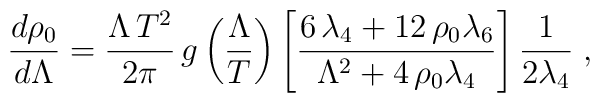
\frac{d\rho_{0}}{d\Lambda} = \frac{\Lambda\,T^2}{2\pi}\,g\left(\frac{\Lambda}{T}\right)\left[{\frac {6\,\lambda_{{4}}+12\,\rho_{{0}}\lambda_{{6}}}{{\Lambda}^{2}+4\,\rho_{{0}}\lambda_{{4}}}}\right]\frac{1}{2\lambda_{4}}\; ,